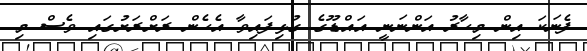
ފެނަކަ އިން މިހާރު އަންނަނީ އައްޑޫގެ ގުޅިފައިވާ އެހެން ރަށްރަށުގައި ވެސް މި